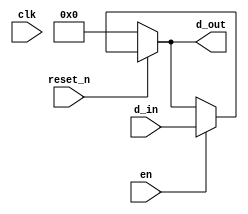
module register32_r_en(clk, reset_n, en, d_in, d_out);//32bits resettable d flip flop module
input clk, reset_n, en;
input [31:0] d_in;
output [31:0] d_out;

assign d_out = (reset_n == 0)?32'b0:((en==1)? d_in:d_out);

endmodule